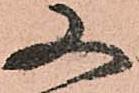
又